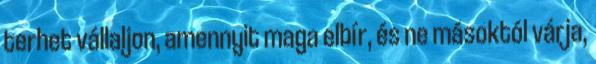
terhet vállaljon, amennyit maga elbír, és ne másoktól várja,